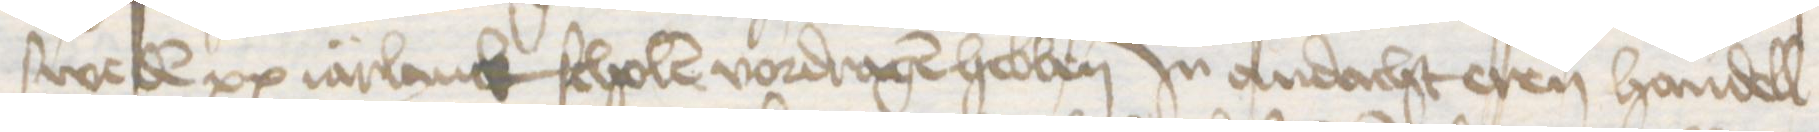
sweden xx iarlanck scholen vordragen hebben Jn andacht eren handell